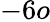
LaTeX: -6o